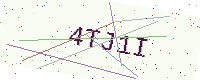
Text: 4TJ1I